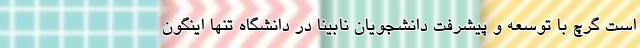
است گرچ با توسعه و پیشرفت دانشجویان نابینا در دانشگاه تنها اینگون